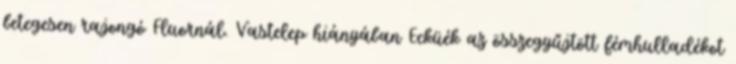
betegesen rajongó Fluornál. Vastelep hiányában Ecküék az összegyűjtött fémhulladékot